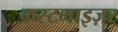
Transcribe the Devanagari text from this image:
कस्टमाइज़र